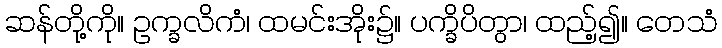
ဆန်တို့ကို။ ဥက္ခလိကံ၊ ထမင်းအိုး၌။ ပက္ခိပိတွာ၊ ထည့်၍။ တေသံ